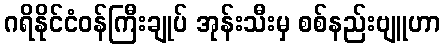
ဂရိနိုင်ငံဝန်ကြီးချုပ် အုန်းသီးမှ စစ်နည်းဗျူဟာ